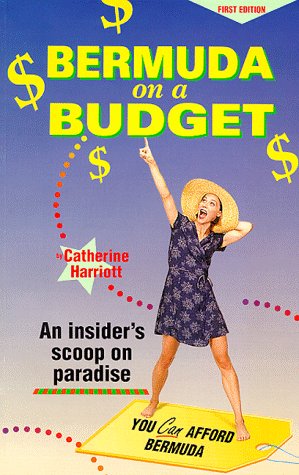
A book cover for Bermuda on a Budget; Catherine E. Harriott; Travel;